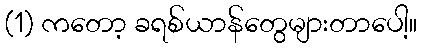
(1) ကတော့ ခရစ်ယာန်တွေများတာပေါ့။